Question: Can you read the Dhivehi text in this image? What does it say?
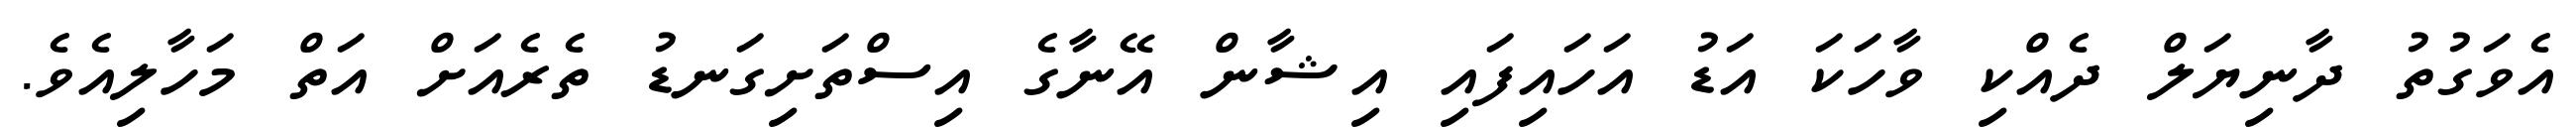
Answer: އެވަގުތު ދާނިޔަލް ދެއްކި ވާހަކަ އަޑު އަހައިފައި އިޝާން އޭނާގެ އިސްތަށިގަނޑު ތެރެއަށް އަތް މަހާލިއެވެ.